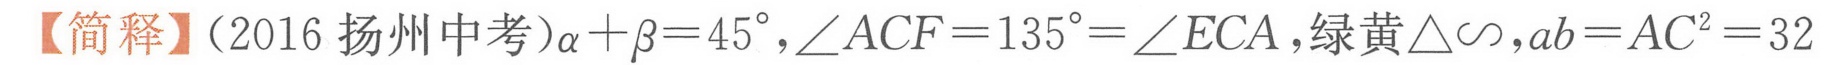
【简释】（2016 扬州中考）\(\alpha+\beta = 45^{\circ}\)，\(\angle ACF = 135^{\circ}=\angle ECA\)，绿黄\(\triangle\sim\)，\(ab = AC^{2}=32\)